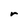
Character: r